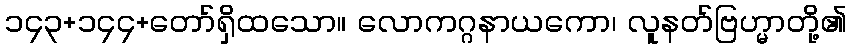
၁၄၃+၁၄၄+တော်ရှိထသော။ လောကဂ္ဂနာယကော၊ လူနတ်ဗြဟ္မာတို့၏